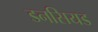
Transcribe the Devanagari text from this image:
डनसियड